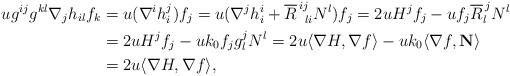
LaTeX: \begin{align*} ug^{ij}g^{kl}\nabla_jh_{il}f_k &= u(\nabla^i h^j_i)f_j = u(\nabla^j h^i_i+\overline{R}^{\,ij}_{\, \,\,\,li}N^l)f_j = 2uH^jf_j - uf_j \overline{R}^{\,j}_l N^l \\ &= 2uH^jf_j - uk_0f_jg^j_l N^l= 2u\langle\nabla H,\nabla f\rangle - uk_0\langle \nabla f,\mathbf{N}\rangle \\ &= 2u \langle \nabla H,\nabla f \rangle,\end{align*}